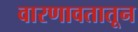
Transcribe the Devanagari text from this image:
वारणावतातून